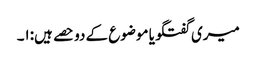
میری گفتگو یا موضوع کے دو حصے ہیں:۱۔